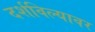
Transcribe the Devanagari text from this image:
दर्शविल्यावर